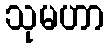
သုမဟာ